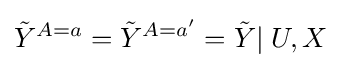
{\tilde {Y}}^{A=a}={\tilde {Y}}^{A=a'}={\tilde {Y}}|\;U,X